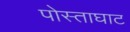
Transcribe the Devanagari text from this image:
पोस्ताघाट